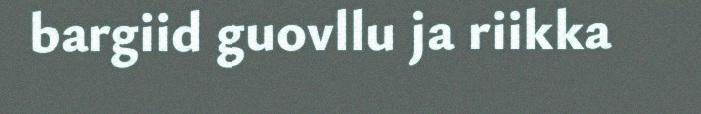
bargiid guovllu ja riikka